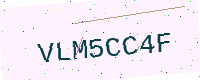
Text: VLM5CC4F